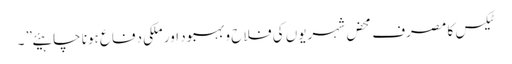
ٹیکس کا مصرف محض شہریوں کی فلاح و بہبود اور ملکی دفاع ہونا چاہیئے” ۔